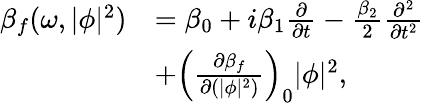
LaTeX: \begin{array}{rl}{\beta_{f}(\omega,|\phi|^{2})}&{=\beta_{0}+i\beta_{1}\frac{\partial}{\partial t}-\frac{\beta_{2}}{2}\frac{\partial^{2}}{\partial t^{2}}}\\ &{+\left(\frac{\partial\beta_{f}}{\partial(|\phi|^{2})}\right)_{0}|\phi|^{2},}\end{array}